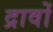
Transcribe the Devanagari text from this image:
द्रावों